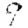
Digit: 9